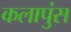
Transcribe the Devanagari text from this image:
कलापुंस